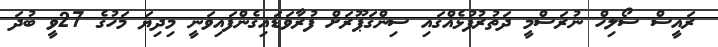
ރައީސް ސޯލިހް ނުރަސްމީ ދަތުރުފުޅެއްގައި ސިންގަޕޫރަށް ފުރާވަޑައިގެންފައިވަނީ މިދިޔަ މަހުގެ 27ވީ ބުދަ